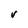
Character: V